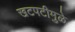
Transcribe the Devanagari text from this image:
खटपटीमुळे